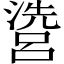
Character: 𱩘